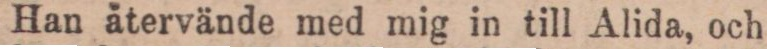
Han ätervände med mig in till Alida, och